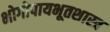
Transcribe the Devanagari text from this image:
भोगोपायभूतशास्त्र